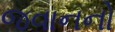
જવાનનો